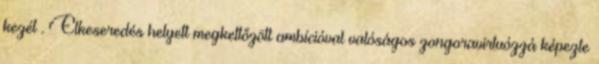
kezét . Elkeseredés helyett megkettőzött ambícióval valóságos zongoravirtuózzá képezte